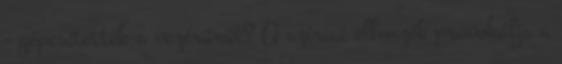
- gépesítették a vezérürüt? A szíriai ellenzék provokálja a